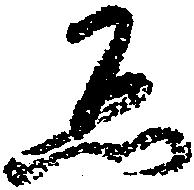
ゑ